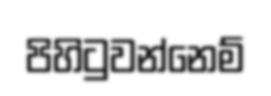
පිහිටුවන්නෙම්